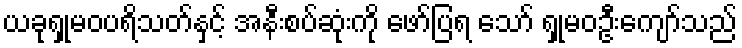
ယခုရှုမဝပရိသတ်နှင့် အနီးစပ်ဆုံးကို ဖော်ပြရ သော် ရှုမဝဦးကျော်သည်